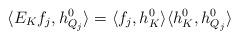
LaTeX: \begin{align*}\langle E_K f_j, h^0_{Q_j} \rangle = \langle f_j, h^0_K \rangle \langle h_K^0, h_{Q_j}^0\rangle\end{align*}